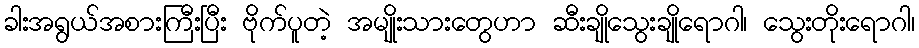
ခါးအရွယ်အစားကြီးပြီး ဗိုက်ပူတဲ့ အမျိုးသားတွေဟာ ဆီးချိုသွေးချိုရောဂါ၊ သွေးတိုးရောဂါ၊